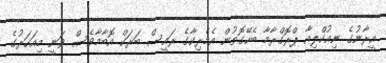
އީރާނުގެ ނިއުކްލިއާ ޕްރޮގްރާމާ ބެހޭގޮތުން އެމެރިކާގެ ރައީސް ބަރަކް އޮބާމާވެސް ވަނީ މިއަހަރުގެ